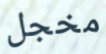
مخجل